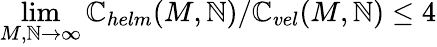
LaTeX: \operatorname*{lim}_{M,\mathbb{N}\rightarrow\infty}\mathbb{C}_{helm}(M,\mathbb{N})/\mathbb{C}_{vel}(M,\mathbb{N})\leq4